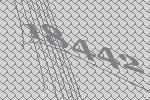
18442